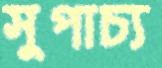
সুপাচ্য